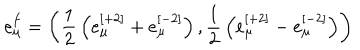
e _ { \mu } ^ { f } = \left( { \frac { 1 } { 2 } } \left( e _ { \mu } ^ { [ + 2 ] } + e _ { \mu } ^ { [ - 2 ] } \right) , { \frac { 1 } { 2 } } \left( e _ { \mu } ^ { [ + 2 ] } - e _ { \mu } ^ { [ - 2 ] } \right) \right)